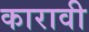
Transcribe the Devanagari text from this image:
कारावी